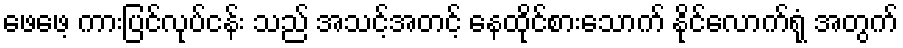
ဖေဖေ့ ကားပြင်လုပ်ငန်း သည် အသင့်အတင့် နေထိုင်စားသောက် နိုင်လောက်ရုံ အတွက်